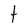
Character: t